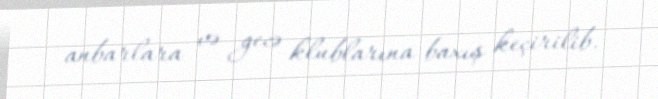
anbarlara və gecə klublarına baxış keçirilib.